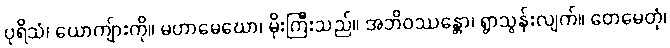
ပုရိသံ၊ ယောကျ်ားကို။ မဟာမေဃော၊ မိုးကြီးသည်။ အဘိဝဿန္တော၊ ရွာသွန်းလျက်။ တေမေတုံ၊